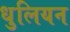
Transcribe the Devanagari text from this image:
धुलियन